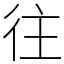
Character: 往